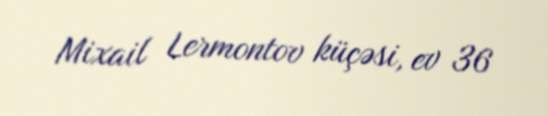
Mixail Lermontov küçəsi, ev 36